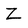
Character: Z